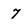
Character: 7